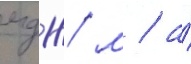
мдж/ м / а́